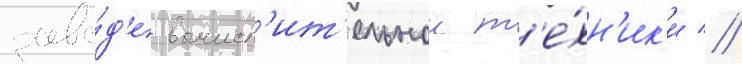
заво́д'е вычисл'ит'ельнои т'е́хн'ик'и //